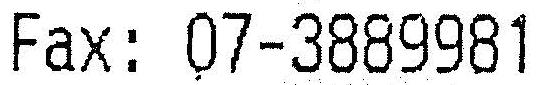
FAX: 07-3889981